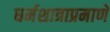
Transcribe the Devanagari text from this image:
धर्मशात्राप्रमाणे